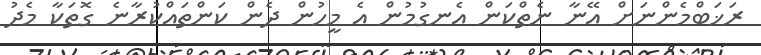
ރަޚަބްމެންނަށް އޭނާ ނެތްކަން އެނގުމުން އެ މީހުން ދެން ކަންތައްކުރާނެ ގޮތަކާ މެދު